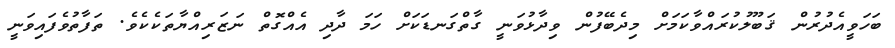
ބަހަވީއެދުރުން ޤަބޫލުކުރައްވާކަމަށް މިދެބޭފުން ވިދާޅުވަނީ ގާތްގަނޑަކަށް ހަމަ ދާދި އެއްގޮތް ނަޒަރިއްޔާތަކެކެވެ. ތަފާތުވެފައިވަނީ